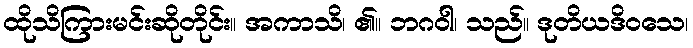
ထိုသိကြားမင်းဆိုတိုင်း။ အကာသိ၊ ၏။ ဘဂဝါ၊ သည်။ ဒုတိယဒိဝသေ၊